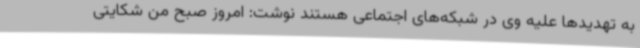
به تهدیدها علیه وی در شبکه‌های اجتماعی هستند نوشت: امروز صبح من شکایتی